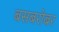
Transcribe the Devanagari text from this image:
बसबरोबर